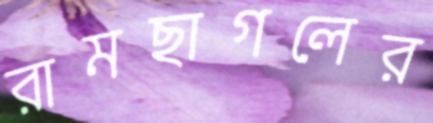
রামছাগলের